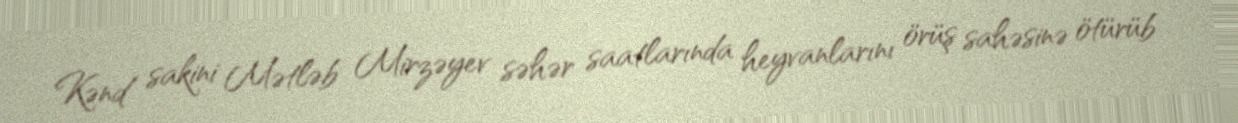
Kənd sakini Mətləb Mirzəyev səhər saatlarında heyvanlarını örüş sahəsinə ötürüb